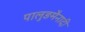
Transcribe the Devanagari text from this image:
पालुङमैनादी